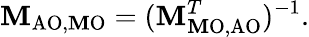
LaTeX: \mathbf{M}_{\mathrm{{{AO,\mathbf{M}O}}}}=(\mathbf{M}_{\mathrm{{{\mathbf{M}O,AO}}}}^{T})^{-1}.